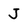
Character: J